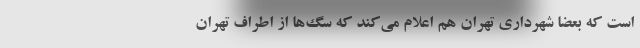
است که بعضا شهرداری تهران هم اعلام می‌کند که سگ‌ها از اطراف تهران